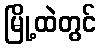
မြို့ထဲတွင်